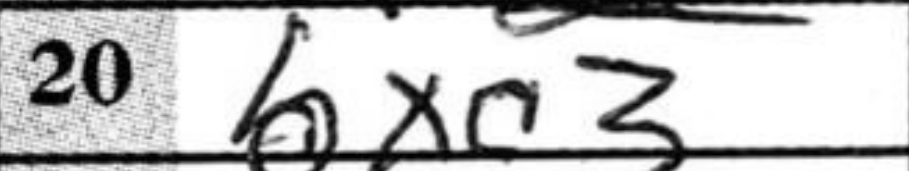
Transcription: bxc3